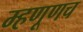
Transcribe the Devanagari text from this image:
म्हणूणच